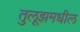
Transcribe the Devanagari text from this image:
तुलूझमधील